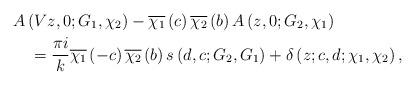
LaTeX: \begin{align*}& A\left( Vz,0;G_{1},\chi_{2}\right) -\overline{\chi_{1}}\left( c\right)\overline{\chi_{2}}\left( b\right) A\left( z,0;G_{2},\chi_{1}\right)\\& \quad=\frac{\pi i}{k}\overline{\chi_{1}}\left( -c\right) \overline{\chi_{2}}\left( b\right) s\left( d,c;G_{2},G_{1}\right) +\delta\left(z;c,d;\chi_{1},\chi_{2}\right) ,\end{align*}